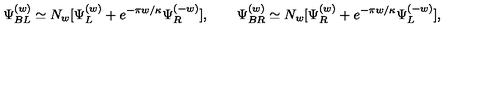
{ \Psi } _ { B L } ^ { ( w ) } \simeq N _ { w } [ \Psi _ { L } ^ { ( w ) } + e ^ { - \pi w / \kappa } \Psi _ { R } ^ { ( - w ) } ] , \qquad { \Psi } _ { B R } ^ { ( w ) } \simeq N _ { w } [ \Psi _ { R } ^ { ( w ) } + e ^ { - \pi w / \kappa } \Psi _ { L } ^ { ( - w ) } ] ,